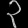
Digit: ၃